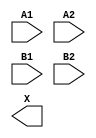
module sky130_fd_sc_hdll__a22o (
    //# {{data|Data Signals}}
    input  A1,
    input  A2,
    input  B1,
    input  B2,
    output X
);

    // Voltage supply signals
    supply1 VPWR;
    supply0 VGND;
    supply1 VPB ;
    supply0 VNB ;

endmodule